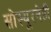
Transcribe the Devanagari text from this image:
सोस्यूरनेही